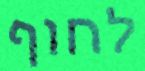
לחוף